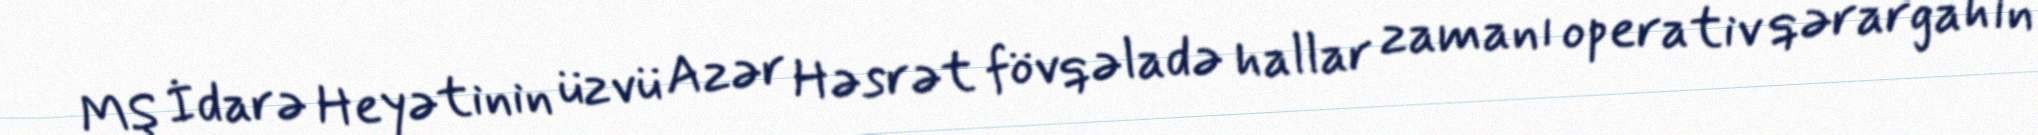
MŞ İdarə Heyətinin üzvü Azər Həsrət fövqəladə hallar zamanı operativ qərargahın